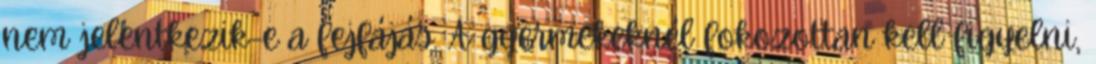
nem jelentkezik-e a fejfájás. A gyermekeknél fokozottan kell figyelni,